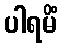
ပါရမိံ